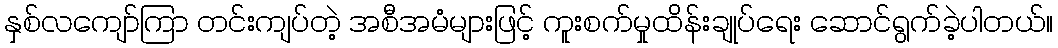
နှစ်လကျော်ကြာ တင်းကျပ်တဲ့ အစီအမံများဖြင့် ကူးစက်မှုထိန်းချုပ်ရေး ဆောင်ရွက်ခဲ့ပါတယ်။